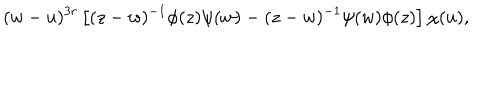
( w - u ) ^ { 3 r } \left[ ( z - w ) ^ { - 1 } \phi ( z ) \psi ( w ) - ( z - w ) ^ { - 1 } \psi ( w ) \phi ( z ) \right] \chi ( u ) ,